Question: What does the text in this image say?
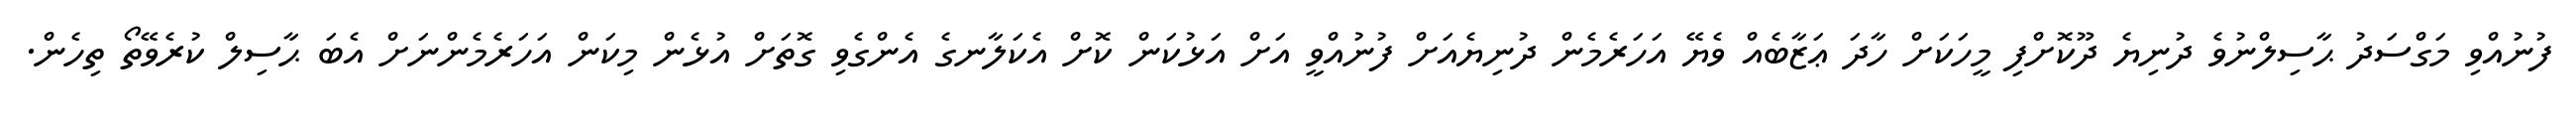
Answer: ފުނުއްވި މަގްސަދު ޙާސިލްނުވެ ދުނިޔެ ދޫކޮށްފި މީހަކަށް ހާދަ ޢަޒާބެއް ވެޔޭ އަހަރެމެން ދުނިޔެއަށް ފުނުއްވީ އަށް އަޅުކަން ކޮށް އެކަލާނގެ އެންގެވި ގޮތަށް އުޅެން މިކަން އަހަރެމެންނަށް އެބަ ޙާސިލް ކުރެވޭތޯ ތިހެން.